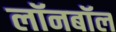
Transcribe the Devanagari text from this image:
लॉनबॉल